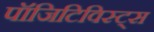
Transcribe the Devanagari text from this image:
पॉजिटिविस्ट्स